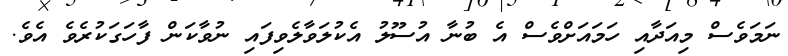
ނަމަވެސް މިއަދާއި ހަމައަށްވެސް އެ ބުނާ އުސޫލު އެކުލަވާލެވިފައި ނުވާކަން ފާހަގަކުރެވެ އެވެ.